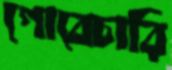
গোবেচারি